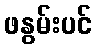
ဖနွမ်းပင်